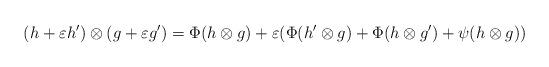
LaTeX: \begin{align*}(h+\varepsilon h^{\prime})\otimes(g+\varepsilon g^{\prime})=\Phi(h\otimes g)+\varepsilon(\Phi(h^{\prime}\otimes g)+\Phi(h\otimes g^{\prime})+\psi(h\otimes g))\end{align*}